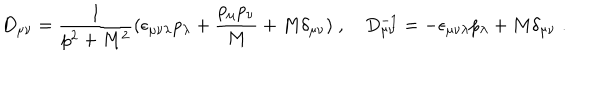
D _ { \mu \nu } = \frac { 1 } { p ^ { 2 } + M ^ { 2 } } ( \epsilon _ { \mu \nu \lambda } p _ { \lambda } + \frac { p _ { \mu } p _ { \nu } } { M } + M \delta _ { \mu \nu } ) \; , { } ~ D _ { \mu \nu } ^ { - 1 } = - \epsilon _ { \mu \nu \lambda } p _ { \lambda } + M \delta _ { \mu \nu } \; .